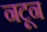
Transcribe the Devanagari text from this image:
नटून